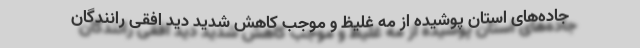
جاده‌های استان پوشیده از مه غلیظ و موجب کاهش شدید دید افقی رانندگان